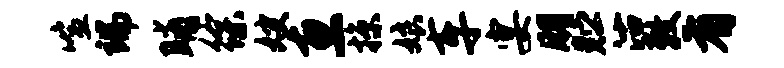
喧端晡徐嫂惠掠娘车宴朋贮沽敕有